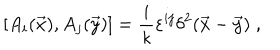
LaTeX: \left[ A _ { i } ( \vec { x } ) , A _ { j } ( \vec { y } ) \right] = \frac { i } { \kappa } \varepsilon ^ { i j } \delta ^ { 2 } ( \vec { x } - \vec { y } ) \; ,